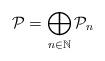
LaTeX: \begin{align*}{{\cal P}}=\bigoplus_{n\in{\mathbb N}}{{\cal P}}_{n}\end{align*}